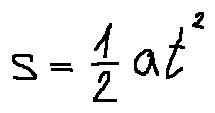
s = \frac { 1 } { 2 } a t ^ { 2 }